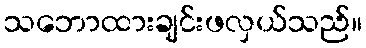
သဘောထားချင်းဖလှယ်သည်။